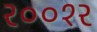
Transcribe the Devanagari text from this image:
२००१२